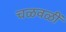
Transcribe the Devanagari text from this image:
चळवळीं